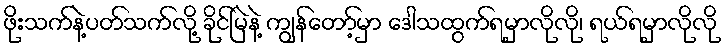
ဖိုးသက်နဲ့ပတ်သက်လို့ ခိုင်မြဲနဲ့ ကျွန်တော့်မှာ ဒေါသထွက်ရမှာလိုလို၊ ရယ်ရမှာလိုလို